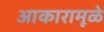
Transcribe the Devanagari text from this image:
आकारामूळे